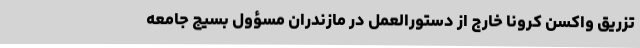
تزریق واکسن کرونا خارج از دستورالعمل در مازندران مسؤول بسیج جامعه